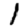
Digit: 1